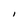
Character: l